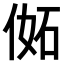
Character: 𠊜